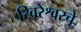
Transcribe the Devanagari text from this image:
खिरेश्वरचे